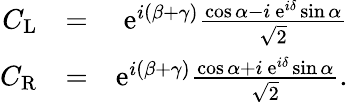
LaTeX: \begin{array}{rlr}{C_{\mathrm{L}}}&{=}&{\mathrm{e}^{i(\beta+\gamma)}\frac{\cos\alpha-i\ \mathrm{e}^{i\delta}\sin\alpha}{\sqrt{2}}}\\ {C_{\mathrm{R}}}&{=}&{\mathrm{e}^{i(\beta+\gamma)}\frac{\cos\alpha+i\ \mathrm{e}^{i\delta}\sin\alpha}{\sqrt{2}}.}\end{array}